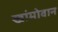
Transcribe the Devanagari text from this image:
खांमोवान